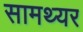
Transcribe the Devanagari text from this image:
सामथ्यर